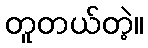
တူတယ်တဲ့။